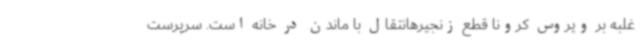
غلبه بر ویروس کرونا قطع زنجیرهانتقال با ماندن در خانه است. سرپرست